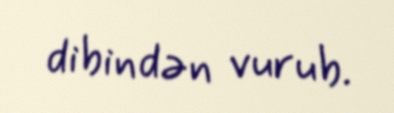
dibindən vurub.